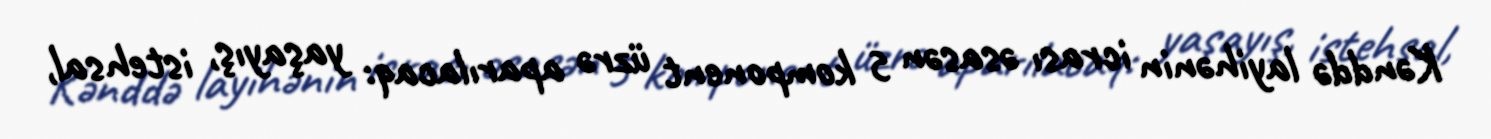
Kənddə layihənin icrası əsasən 5 komponent üzrə aparılacaq: yaşayış, istehsal,